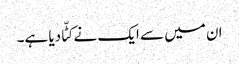
ان میں سے ایک نے کٹّا دیا ہے۔